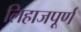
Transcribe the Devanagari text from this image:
लिहाजपूर्ण